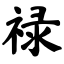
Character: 禄